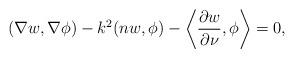
\begin{align*}(\nabla w, \nabla \phi) - k^2 ( n w, \phi) - \left\langle \frac{\partial w}{\partial \nu}, \phi \right\rangle = 0,\end{align*}